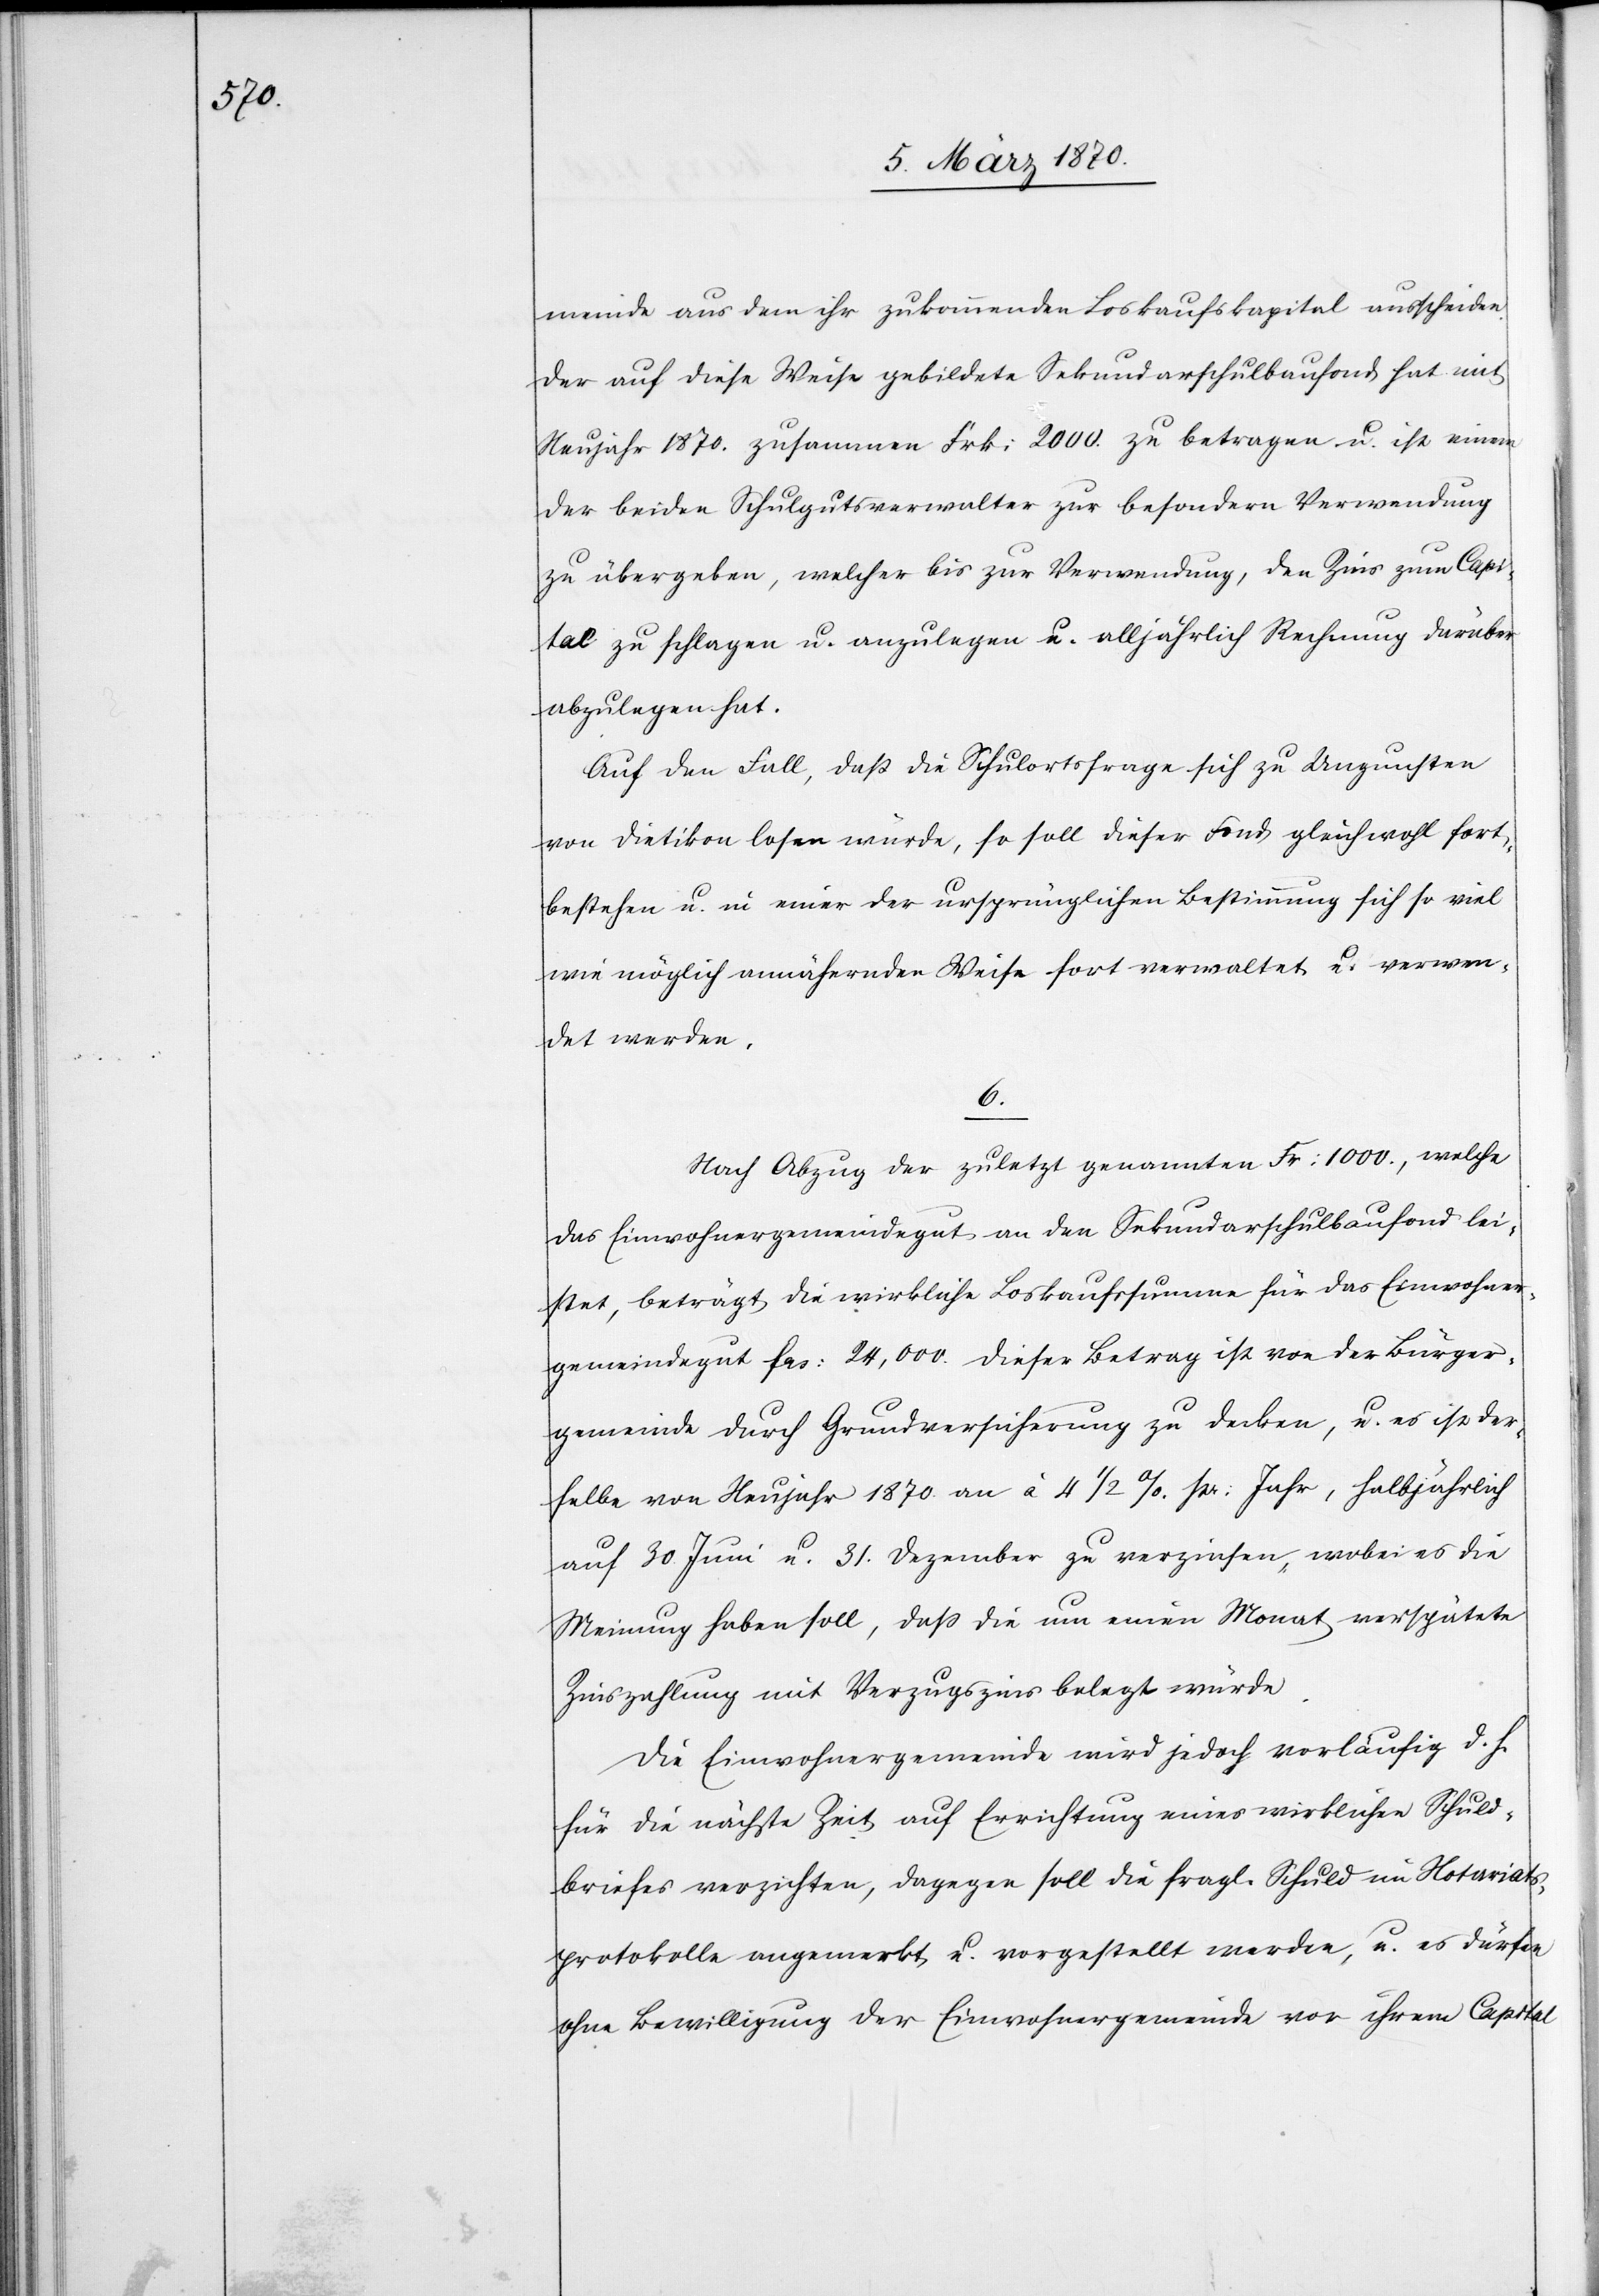
meinde aus dem ihr zukommenden Loskaufskapital ausscheiden.
Der auf diese Weise gebildete Sekundarschulbaufonds hat mit
Neujahr 1870. zusammen Frk: 2000. zu betragen u. ist einem
der beiden Schulgutsverwalter zur besondern Verwendung
zu übergeben, welcher bis zur Verwendung, den Zins zum Capi¬
tal zu schlagen u. anzulegen u. alljährlich Rechnung darüber
abzulegen hat.
Auf den Fall, daß die Schulortsfrage sich zu Ungunsten
von Dietikon losen [sic!] würde, so soll dieser Fond gleichwohl fort¬
bestehen u. in einer der ursprünglichen Bestimmung sich so viel
wie möglich annähernden Weise fort verwaltet u. verwen¬
det werden.
6.
Nach Abzug der zuletzt genannten Fr: 1000., welche
das Einwohnergemeindegut an den Sekundarschulbaufond lei¬
stet, beträgt die wirkliche Loskaufssumme für das Einwohner¬
gemeindegut frs: 24,000. Dieser Betrag ist von der Bürger¬
gemeinde durch Grundversicherung zu decken, u. es ist der¬
selbe von Neujahr 1870. an à 4 1/2%. pr: Jahr, halbjährlich
auf 30. Juni u. 31. Dezember zu verzinsen, wobei es die
Meinung haben soll, daß die um einen Monat verspätete
Zinszahlung mit Verzugszins belegt würde.
Die Einwohnergemeinde wird jedoch vorläufig d. h.
für die nächste Zeit auf Errichtung eines wirklichen Schuld¬
briefes verzichten, dagegen soll die fragl. Schuld im Notariats¬
protokolle angemerkt u. vorgestellt werden, u. es dürfen
ohne Bewilligung der Einwohnergemeinde von ihrem Capital